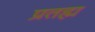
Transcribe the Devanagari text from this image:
प्रतह्म